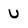
Character: U